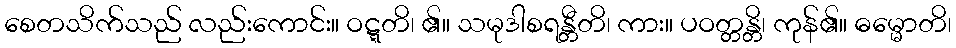
စေတသိက်သည် လည်းကောင်း။ ဝဋ္ဋတိ၊ ၏။ သမုဒါစရန္တီတိ၊ ကား။ ပဝတ္တန္တိ၊ ကုန်၏။ ဓမ္မောတိ၊